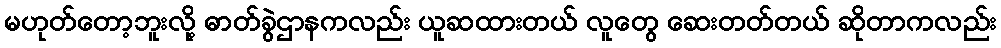
မဟုတ်တော့ဘူးလို့ ဓာတ်ခွဲဌာနကလည်း ယူဆထားတယ် လူတွေ ဆေးတတ်တယ် ဆိုတာကလည်း